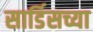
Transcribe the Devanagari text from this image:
सार्डिसच्या